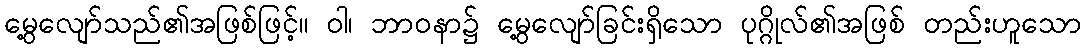
မွေ့လျော်သည်၏အဖြစ်ဖြင့်။ ဝါ၊ ဘာဝနာ၌ မွေ့လျော်ခြင်းရှိသော ပုဂ္ဂိုလ်၏အဖြစ် တည်းဟူသော